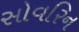
સોવરિન